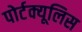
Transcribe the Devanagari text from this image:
पोर्टक्यूलिस